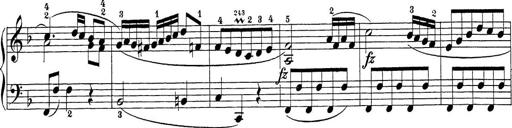
Title: Sonatina Album
Composer: Louis KÃ¶hler